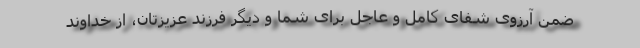
ضمن آرزوی شفای کامل و عاجل برای شما و دیگر فرزند عزیزتان، از خداوند